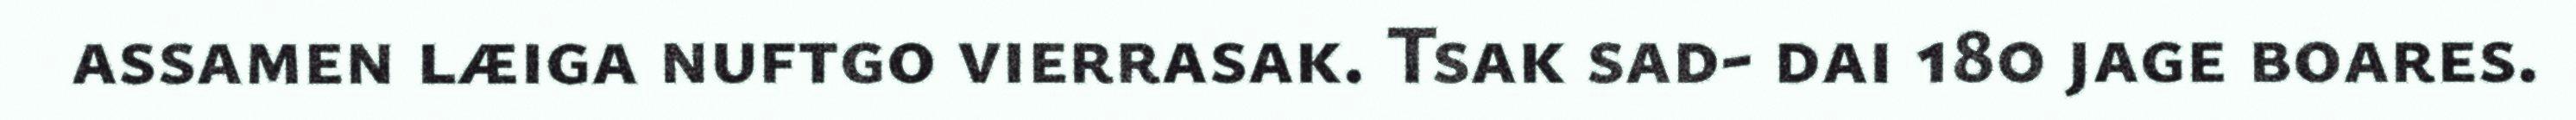
assamen læiga nuftgo vierrasak. Tsak sad- dai 180 jage boares.